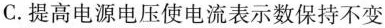
C.提高电源电压使电流表示数保持不变